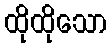
ထိုထိုသော